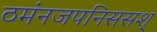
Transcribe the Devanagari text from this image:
ठमंनजपनिससश्